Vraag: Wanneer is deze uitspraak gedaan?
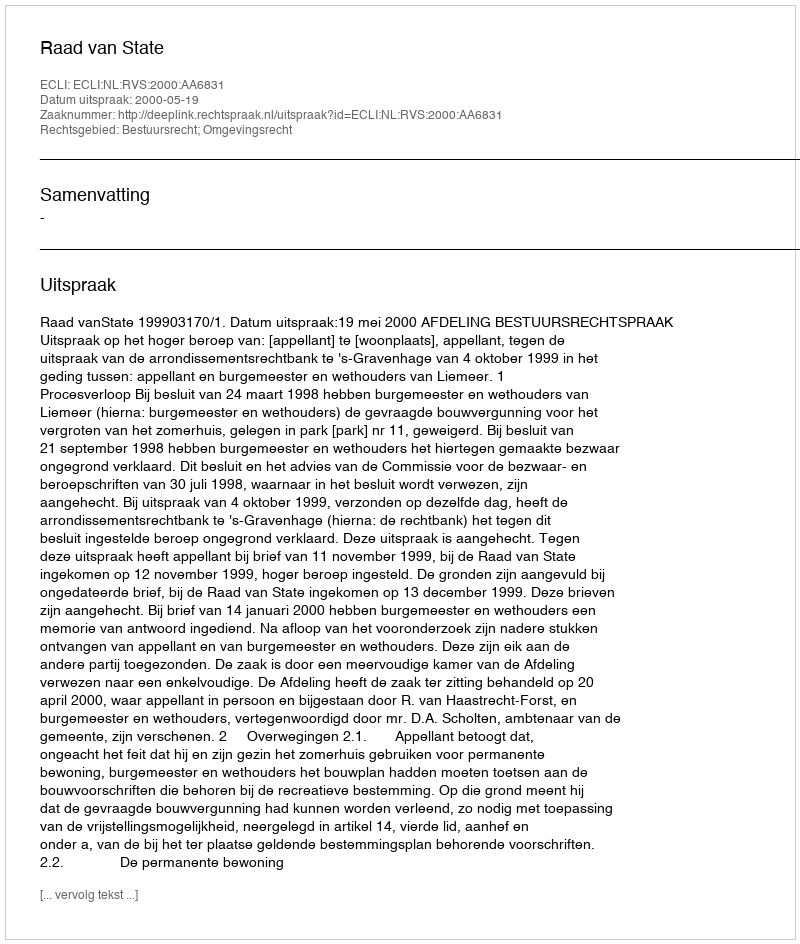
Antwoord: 2000-05-19